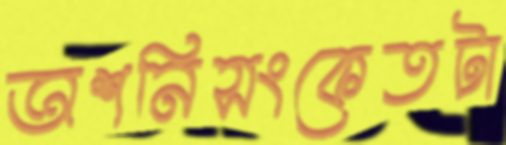
অশনিসংকেতটা